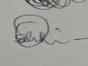
Signature authenticity: genuine